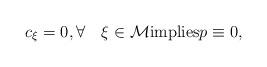
LaTeX: \begin{align*}c_{\xi}=0, \forall\quad\xi\in {\cal M}\hbox{implies}p\equiv 0, \end{align*}